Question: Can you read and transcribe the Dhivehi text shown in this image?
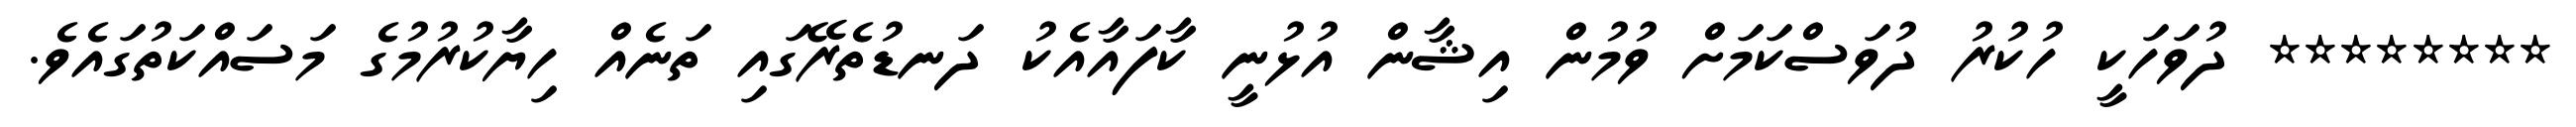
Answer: ******** ދުވަހަކީ ހުކުރު ދުވަސްކަމަށް ވުމުން އިޝާން އުޅުނީ ކާފައާއެކު ދަނޑުތެރޭގައި ތަނެއް ހިޔާކުރުމުގެ މަސައްކަތުގައެވެ.